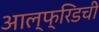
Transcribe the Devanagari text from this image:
आल्फ्रिडची